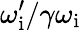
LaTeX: \omega_{\mathrm{i}}^{\prime}/\gamma\omega_{\mathrm{i}}